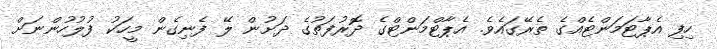
ހިފި އެޕާޓަމަންޓެއްގެ ތެރޭގައެވެ. އެޕާޓްމަންޓްގެ ދޮރުފަތުގެ ދަށުން ލޭ ފެނިގެން މީހަކު ފުލުހުންނަށް